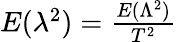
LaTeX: \begin{array}{r}{E(\lambda^{2})=\frac{E(\Lambda^{2})}{T^{2}}}\end{array}